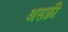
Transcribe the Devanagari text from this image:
असफ़ी